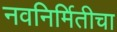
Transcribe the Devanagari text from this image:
नवनिर्मितीचा